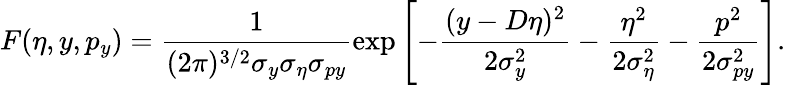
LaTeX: F(\eta,y,p_{y})=\frac{1}{(2\pi)^{3/2}\sigma_{y}\sigma_{\eta}\sigma_{py}}\exp\left[-\frac{(y-D\eta)^{2}}{2\sigma_{y}^{2}}-\frac{\eta^{2}}{2\sigma_{\eta}^{2}}-\frac{p^{2}}{2\sigma_{py}^{2}}\right].